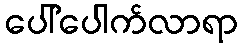
ပေါ်ပေါက်လာရာ